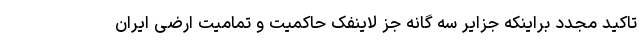
تاکید مجدد براینکه جزایر سه گانه جز لاینفک حاکمیت و تمامیت ارضی ایران